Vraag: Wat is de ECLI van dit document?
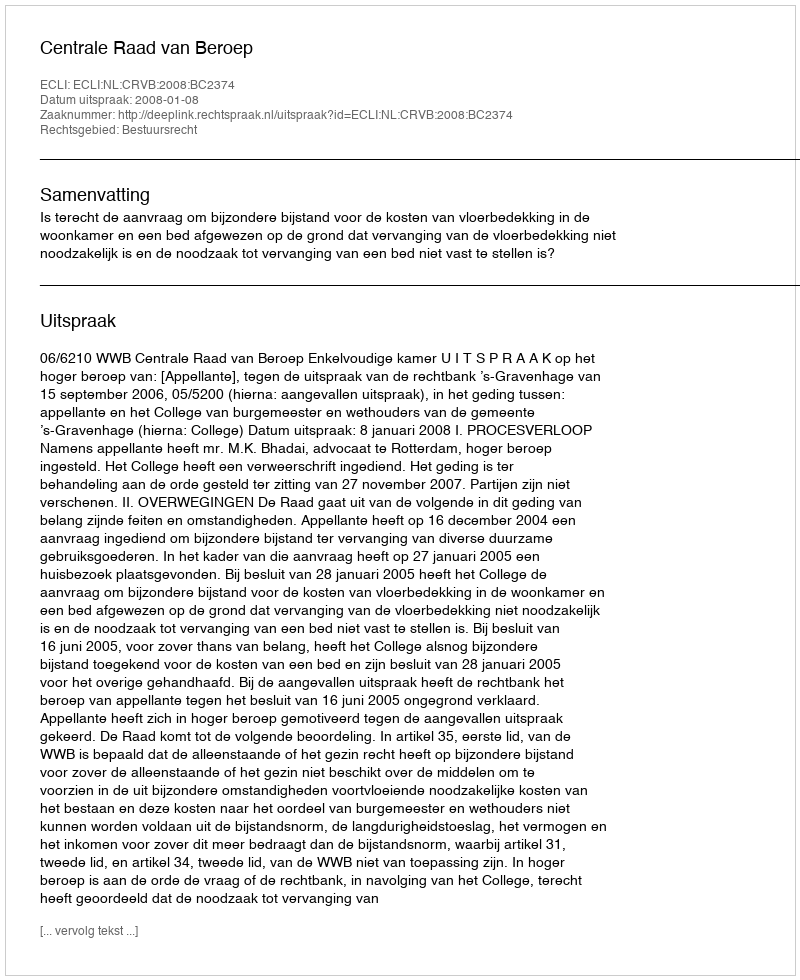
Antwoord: ECLI:NL:CRVB:2008:BC2374